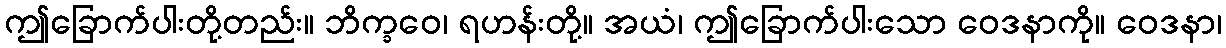
ဤခြောက်ပါးတို့တည်း။ ဘိက္ခဝေ၊ ရဟန်းတို့။ အယံ၊ ဤခြောက်ပါးသော ဝေဒနာကို။ ဝေဒနာ၊